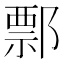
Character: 𨝓